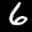
Label: 6